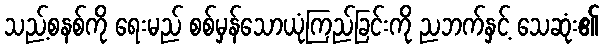
သည့်စနစ်ကို ရေးမည် စစ်မှန်သောယုံကြည်ခြင်းကို ညဘက်နှင့် သေဆုံး၏